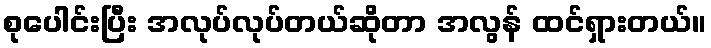
စုပေါင်းပြီး အလုပ်လုပ်တယ်ဆိုတာ အလွန် ထင်ရှားတယ်။